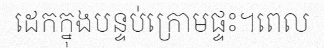
ដេកក្នុងបន្ទប់ក្រោមផ្ទះ។ពេល